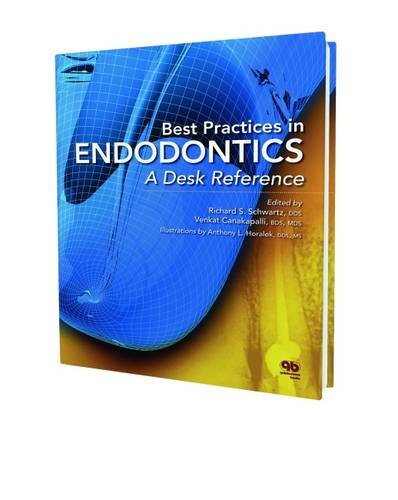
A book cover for Best Practices in Endodontics: A Desk Reference; Richard S. Schwartz; Medical Books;